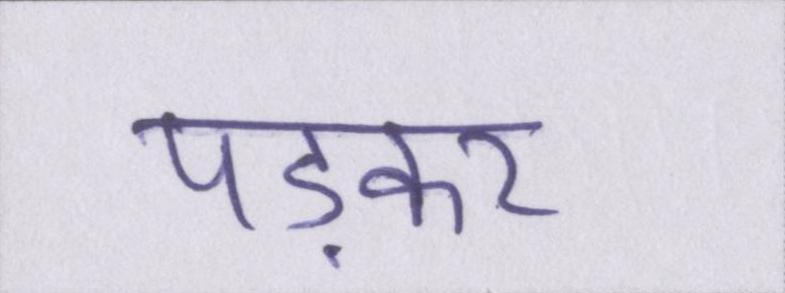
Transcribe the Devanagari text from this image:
पड़कर